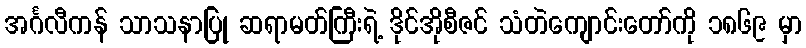
အင်္ဂလီကန် သာသနာပြု ဆရာမတ်ကြီးရဲ့ ဒိုင်အိုစီဇင် သံတဲကျောင်းတော်ကို ၁၈၆၉ မှာ